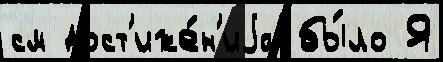
см дост'иже́н'иjа бы́ло Я